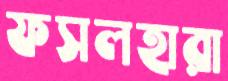
ফসলহারা